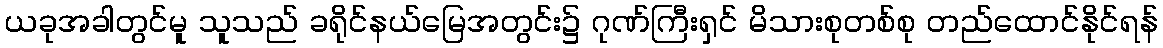
ယခုအခါတွင်မူ သူသည် ခရိုင်နယ်မြေအတွင်း၌ ဂုဏ်ကြီးရှင် မိသားစုတစ်စု တည်ထောင်နိုင်ရန်